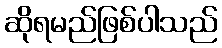
ဆိုရမည်ဖြစ်ပါသည်